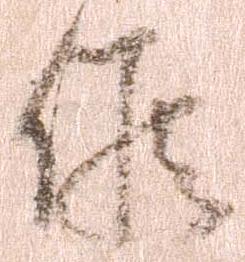
候